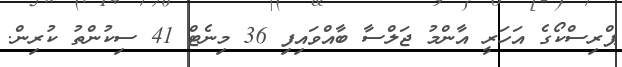
ޕްރިސްކޯގެ އަހަރީ އާންމު ޖަލްސާ ބާއްވައިފި 36 މިނެޓް 41 ސިކުންތު ކުރިން.